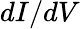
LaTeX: dI/dV